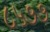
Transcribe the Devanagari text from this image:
८५७७